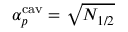
\alpha _ { p } ^ { \mathrm { c a v } } = \sqrt { N _ { 1 / 2 } }